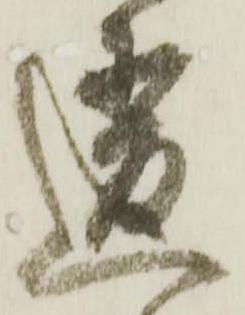
違